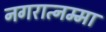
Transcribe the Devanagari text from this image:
नगरात्नम्मा